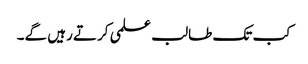
کب تک طالب علمی کرتے رہیں گے۔